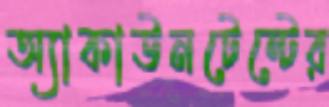
অ্যাকাউনটেন্টের